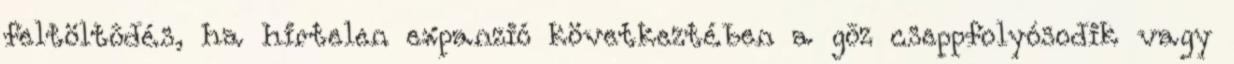
feltöltõdés, ha hirtelen expanzió következtében a gõz cseppfolyósodik vagy